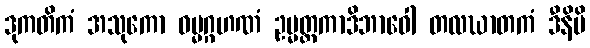
ဒုကတိကံ အသုကော ဓမ္မဂ္ဂဟဏံ ဥမ္မတ္တကာဒိဘာဝေါ တလဃာတကံ ဒီနိပိ